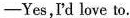
—Yes，I'd love to.